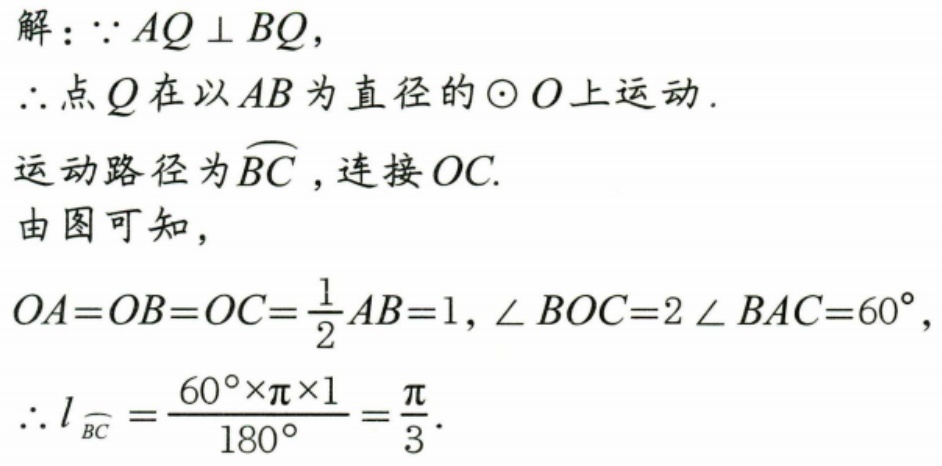
解：\(\because AQ\perp BQ\)，
\(\therefore\)点\(Q\)在以\(AB\)为直径的\(\odot O\)上运动.
运动路径为\(\overset{\frown}{BC}\)，连接\(OC\).
由图可知，
\(OA = OB = OC=\dfrac{1}{2}AB = 1\)，\(\angle BOC = 2\angle BAC = 60^{\circ}\)，
\(\therefore l_{\overset{\frown}{BC}}=\dfrac{60^{\circ}\times\pi\times1}{180^{\circ}}=\dfrac{\pi}{3}\).